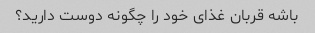
باشه قربان غذای خود را چگونه دوست دارید؟